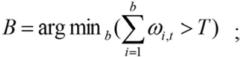
$B = \arg \min_b \left( \sum_{i = 1}^{b} \omega_{i,t} > T \right);$